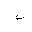
Letter: _ba